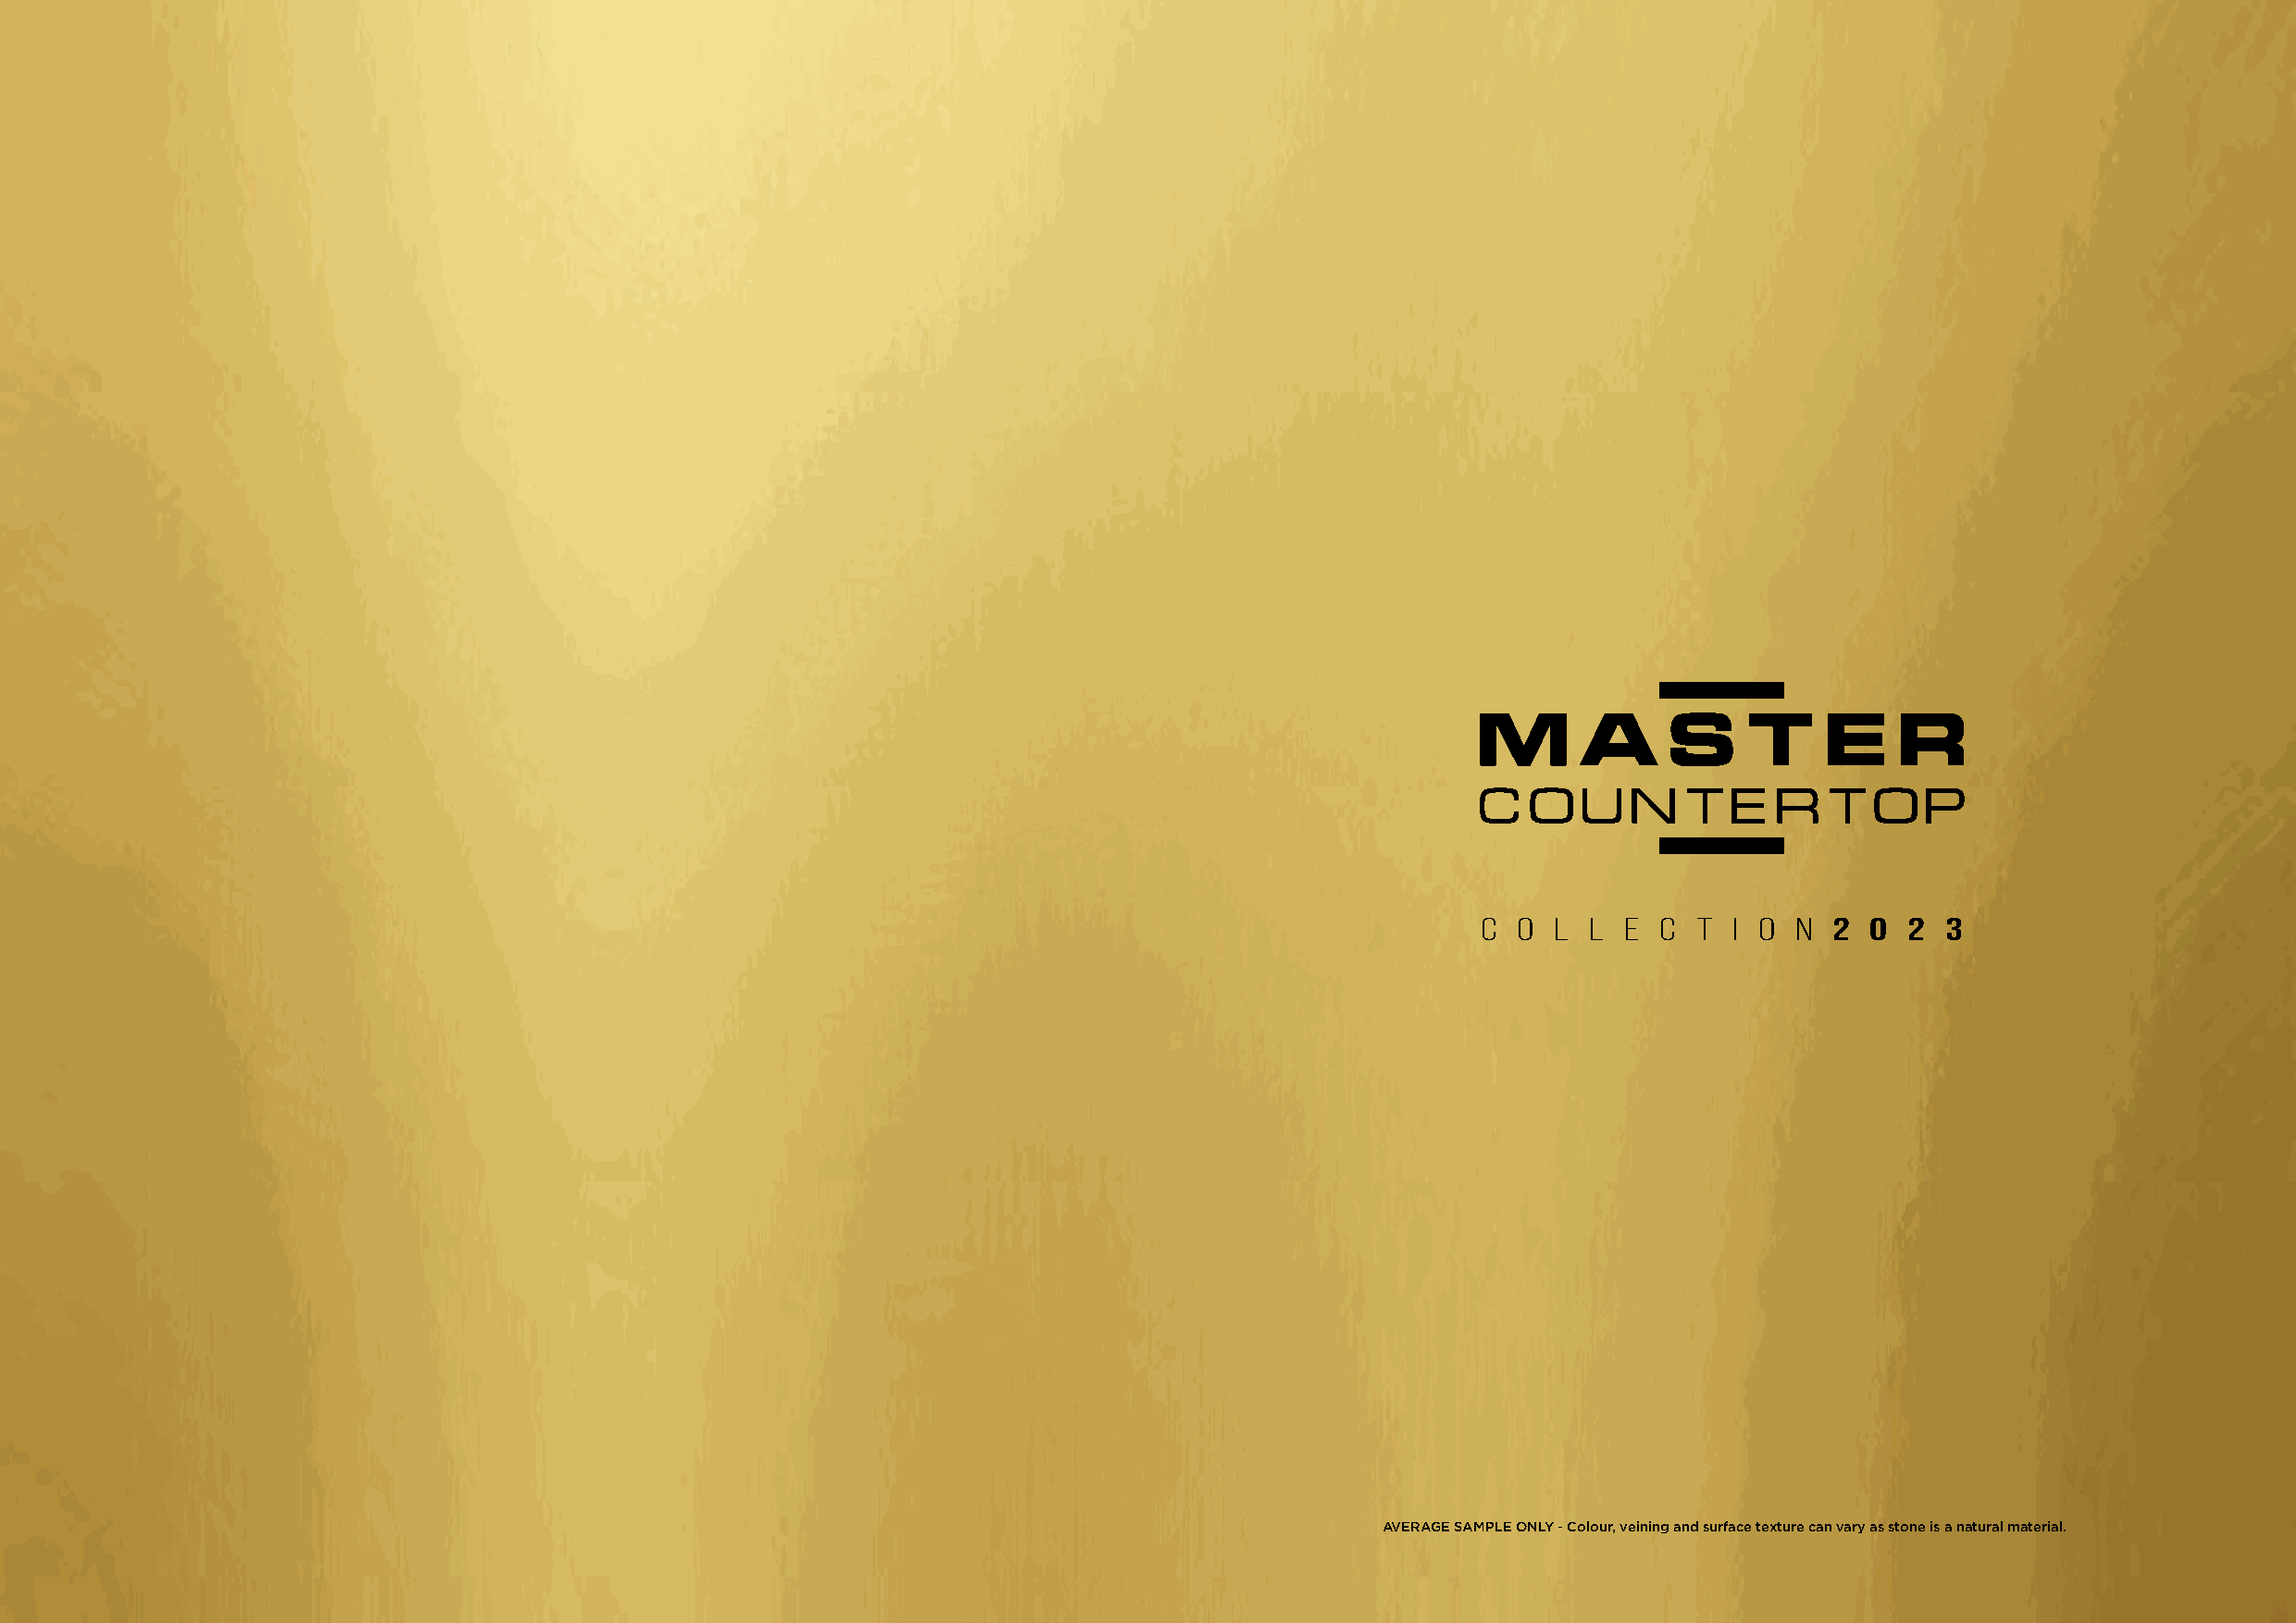
C  O L  L E  C T  I O N2  0  2  3
 AVERAGE SAMPLE ONLY - Colour, veining and surface texture can vary as stone is a natural material.